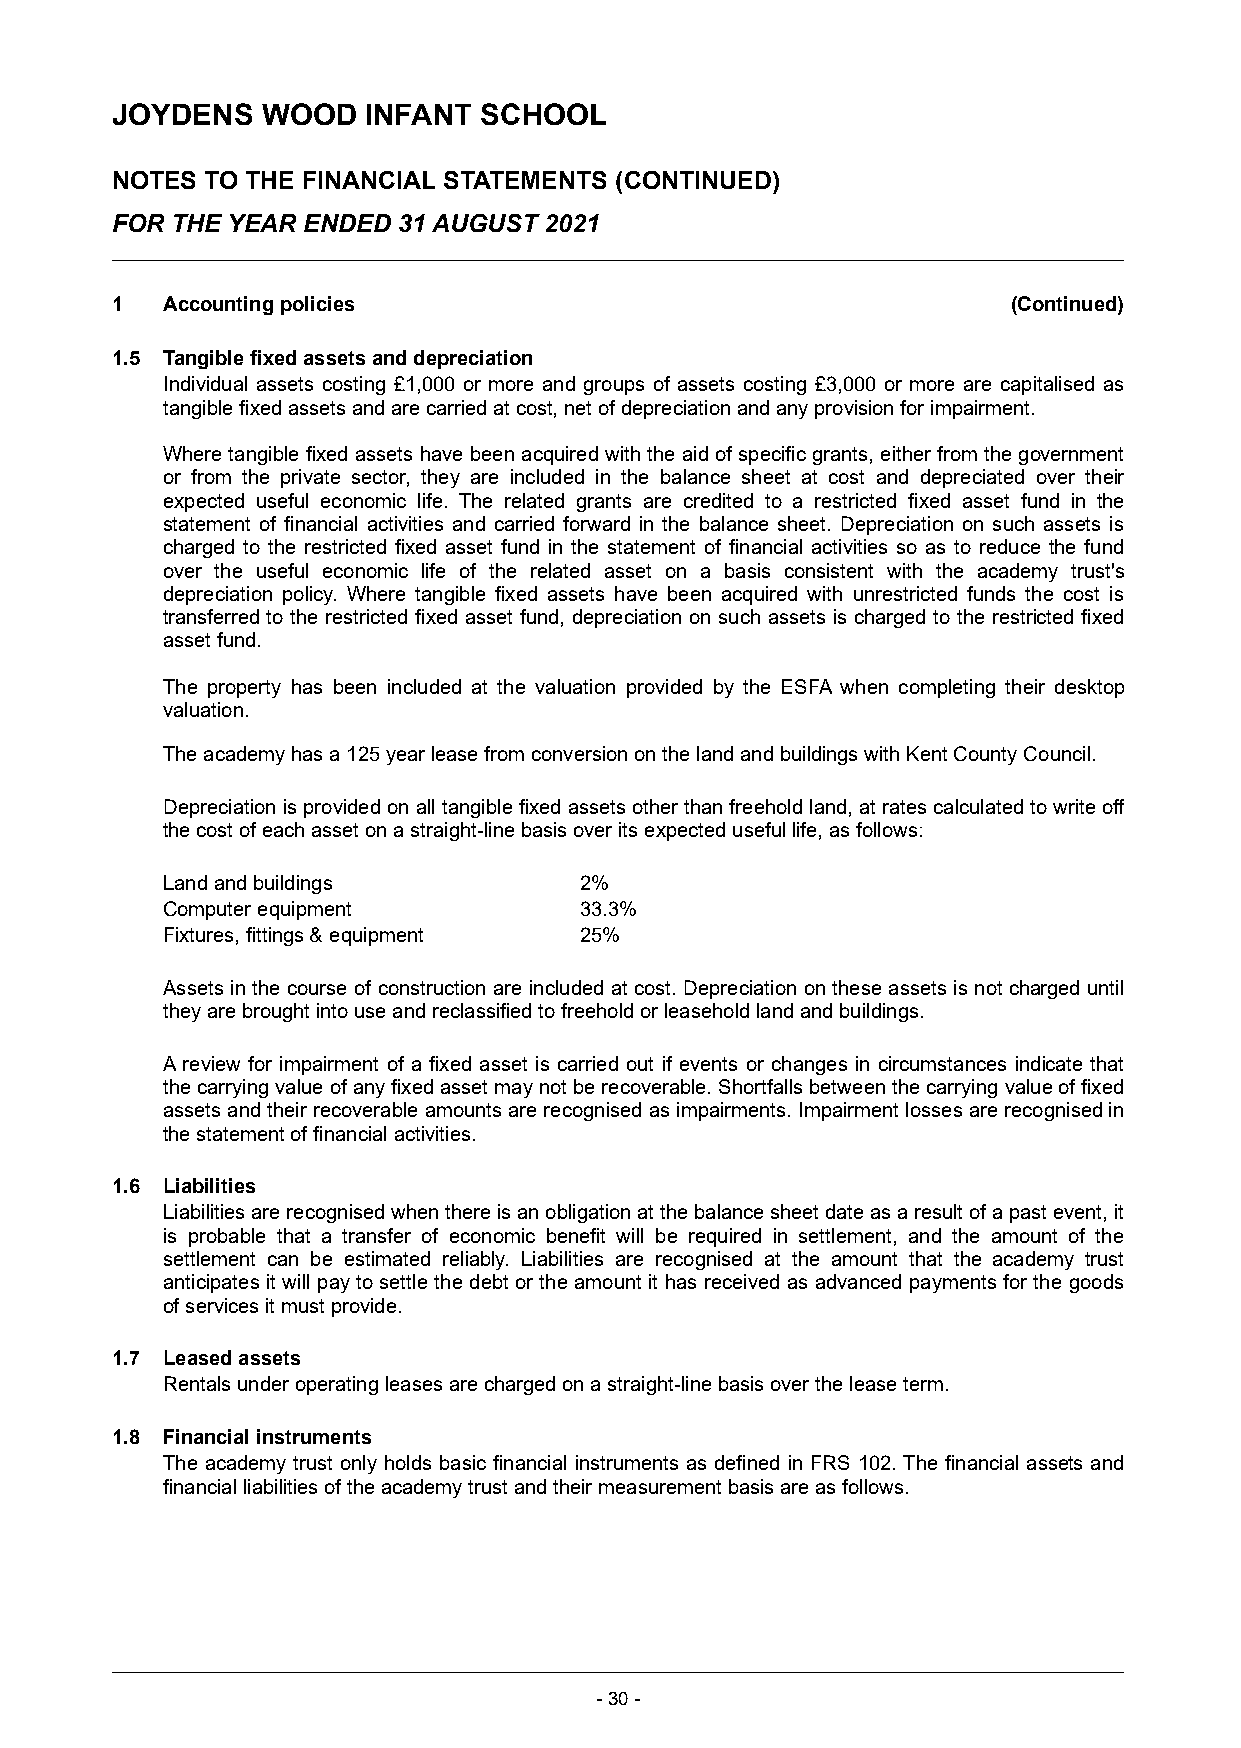
JOYDENS   WOOD   INFANT  SCHOOL
 NOTES  TO THE FINANCIAL STATEMENTS (CONTINUED)
 FOR THE YEAR ENDED 31 AUGUST 2021
 1   Accounting policies                                     (Continued)
 1.5 Tangible fixed assets and depreciation
 Individual assets costing £1,000 or more and groups of assets costing £3,000 or more are capitalised as
 tangible fixed assets and are carried at cost, net of depreciation and any provision for impairment.
 Where tangible fixed assets have been acquired with the aid of specific grants, either from the government
 or from the private sector, they are included in the balance sheet at cost and depreciated over their
 expected useful economic life. The related grants are credited to a restricted fixed asset fund in the
 statement of financial activities and carried forward in the balance sheet. Depreciation on such assets is
 charged to the restricted fixed asset fund in the statement of financial activities so as to reduce the fund
 over the useful economic life of the related asset on a basis consistent with the academy trust's
 depreciation policy. Where tangible fixed assets have been acquired with unrestricted funds the cost is
 transferred to the restricted fixed asset fund, depreciation on such assets is charged to the restricted fixed
 asset fund.
 The property has been included at the valuation provided by the ESFA when completing their desktop
 valuation.
 The academy has a 125 year lease from conversion on the land and buildings with Kent County Council.
 Depreciation is provided on all tangible fixed assets other than freehold land, at rates calculated to write off
 the cost of each asset on a straight-line basis over its expected useful life, as follows:
 Land and buildings         2%
 Computer equipment         33.3%
 Fixtures, fittings & equipment 25%
 Assets in the course of construction are included at cost. Depreciation on these assets is not charged until
 they are brought into use and reclassified to freehold or leasehold land and buildings.
 A review for impairment of a fixed asset is carried out if events or changes in circumstances indicate that
 the carrying value of any fixed asset may not be recoverable. Shortfalls between the carrying value of fixed
 assets and their recoverable amounts are recognised as impairments. Impairment losses are recognisedin
 the statement of financial activities.
 1.6 Liabilities
 Liabilities are recognised when there is an obligation at the balance sheet date as a result of a past event, it
 is probable that a transfer of economic benefit will be required in settlement, and the amount of the
 settlement can be estimated reliably. Liabilities are recognised at the amount that the academy trust
 anticipates it will pay to settle the debt or the amount it has received as advanced payments for the goods
 of services it must provide.
 1.7 Leased assets
 Rentals under operating leases are charged on a straight-line basis over the lease term.
 1.8 Financial instruments
 The academy trust only holds basic financial instruments as defined in FRS 102. The financial assets and
 financial liabilities of the academy trust and their measurement basis are as follows.
 -30 -